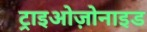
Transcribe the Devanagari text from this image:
ट्राइओज़ोनाइड